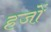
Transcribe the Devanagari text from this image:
हजों